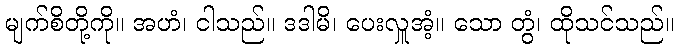
မျက်စိတို့ကို။ အဟံ၊ ငါသည်။ ဒဒါမိ၊ ပေးလှူအံ့။ သော တွံ၊ ထိုသင်သည်။